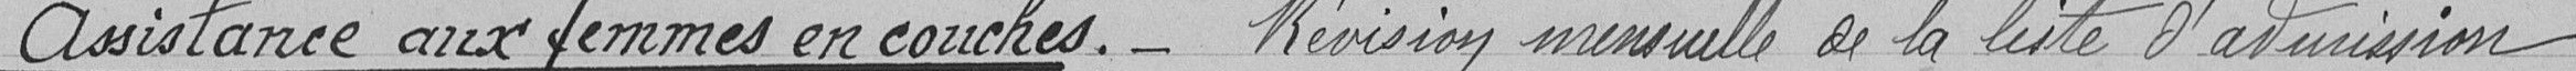
Assistance aux femmes en couches. - Révision mensuelle de la liste d'admission